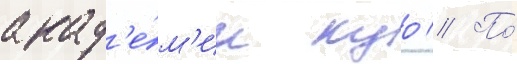
акад'е́м'ии куо // По́